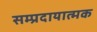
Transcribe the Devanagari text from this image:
सम्प्रदायात्मक